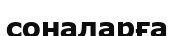
соналарға